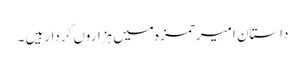
داستانِ امیرحمزہ میں ہزاروں کردارہیں ۔